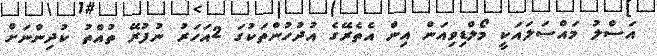
އަސްލު މައްސަލައަކީ މޯލްޑިވިއަން އިން އެތެރޭގެ އުދުހުންތަކުގަ 2އަހަރު ނުފުރޭ ތުއްތު ކުދިންނަށް